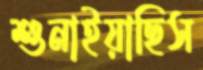
শুনাইয়াছিস